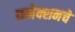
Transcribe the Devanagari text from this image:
कनेक्शनचे